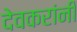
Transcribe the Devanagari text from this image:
देवकरांनी